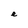
Character: e